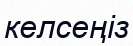
келсеңіз